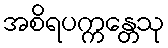
အစိရပက္ကန္တေသု